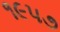
૧૯૫૭